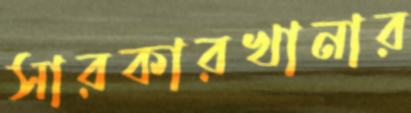
সারকারখানার